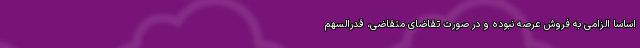
اساساً الزامی به فروش عرصه نبوده و در صورت تقاضای متقاضی، قدرالسهم